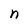
Character: n